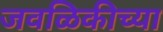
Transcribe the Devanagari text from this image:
जवळिकीच्या